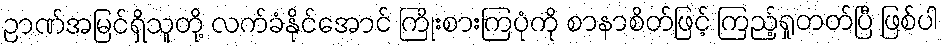
ဉာဏ်အမြင်ရှိသူတို့ လက်ခံနိုင်အောင် ကြိုးစားကြပုံကို စာနာစိတ်ဖြင့် ကြည့်ရှုတတ်ပြီ ဖြစ်ပါ